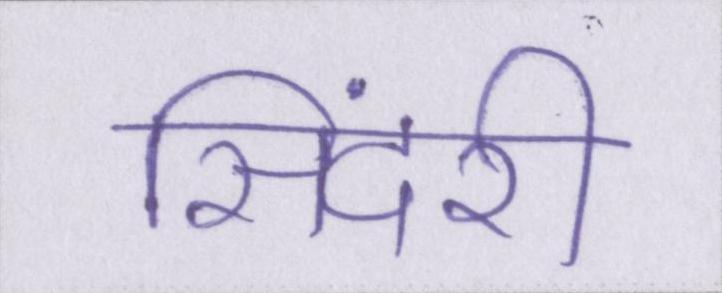
सिंदरी